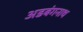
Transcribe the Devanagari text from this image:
अडबंगनाथ